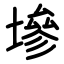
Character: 墋